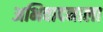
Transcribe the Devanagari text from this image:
अभिवादनाला